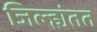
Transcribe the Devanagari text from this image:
जिल्ह्यंतत